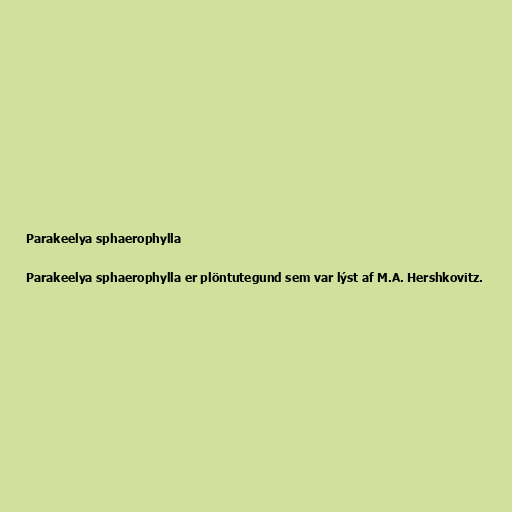
Parakeelya sphaerophylla

Parakeelya sphaerophylla er plöntutegund sem var lýst af M.A. Hershkovitz.